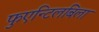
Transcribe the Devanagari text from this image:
फुएन्टिलबिला